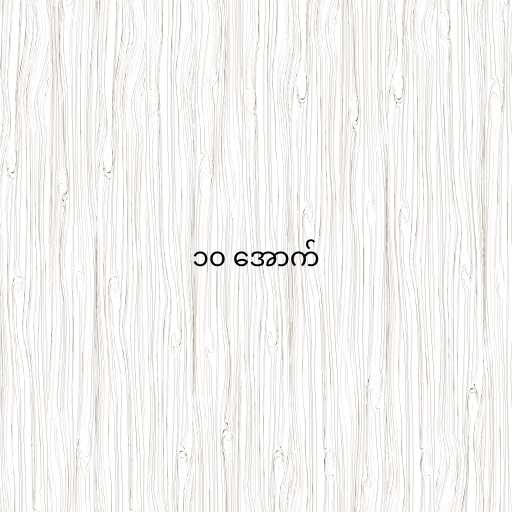
၁၀ အောက်